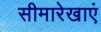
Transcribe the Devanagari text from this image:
सीमारेखाएं